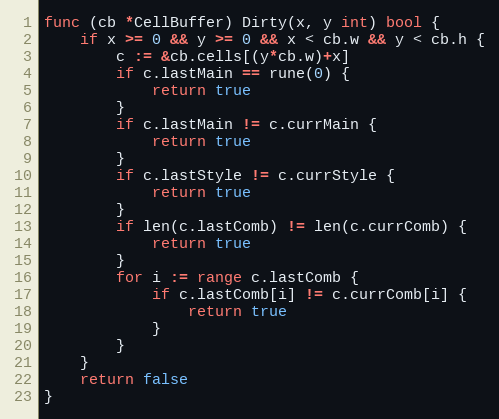
Language: Go
func (cb *CellBuffer) Dirty(x, y int) bool {
	if x >= 0 && y >= 0 && x < cb.w && y < cb.h {
		c := &cb.cells[(y*cb.w)+x]
		if c.lastMain == rune(0) {
			return true
		}
		if c.lastMain != c.currMain {
			return true
		}
		if c.lastStyle != c.currStyle {
			return true
		}
		if len(c.lastComb) != len(c.currComb) {
			return true
		}
		for i := range c.lastComb {
			if c.lastComb[i] != c.currComb[i] {
				return true
			}
		}
	}
	return false
}